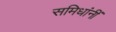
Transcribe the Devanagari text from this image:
समिधांनीं